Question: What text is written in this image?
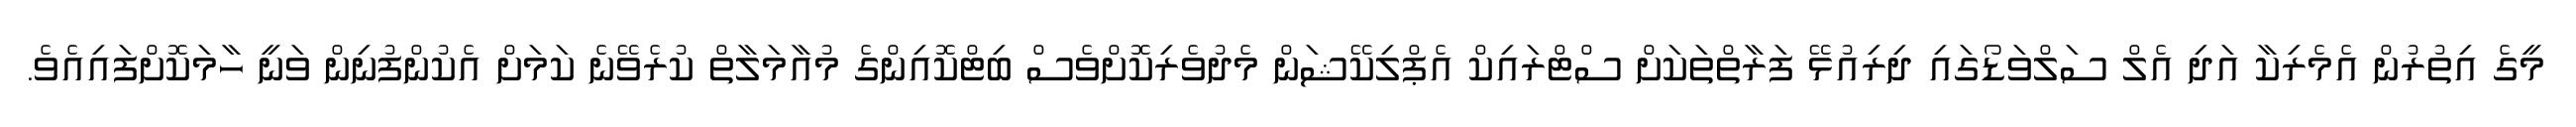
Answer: މީގެ އިތުރުން އެމެރިކާ އަދި އެލް ސަލްވަޑޯގައި ދިރިއުޅޭ ފަރާތްތަކަށް ސްޓްރައިކް އެޕްލިކޭޝަން މެދުވެރިކޮށްވެސް ބިޓްކޮއިންގެ މުއާމަލާތް ކުރެވޭނެ ކަމަށް އެކުންފުނިން ވަނީ ހާމަކޮށްފައިއެވެ.